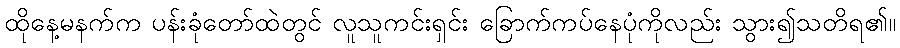
ထိုနေ့မနက်က ပန်းခုံတော်ထဲတွင် လူသူကင်းရှင်း ခြောက်ကပ်နေပုံကိုလည်း သွား၍သတိရ၏။